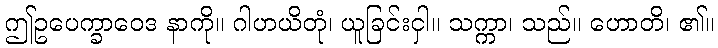
ဤဥပေက္ခာဝေဒ နာကို။ ဂါဟယိတုံ၊ ယူခြင်းငှါ။ သက္ကာ၊ သည်။ ဟောတိ၊ ၏။